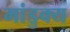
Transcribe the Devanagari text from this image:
मांडुक्य